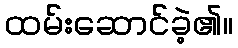
ထမ်းဆောင်ခဲ့၏။